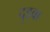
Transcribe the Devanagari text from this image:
दुड्वा